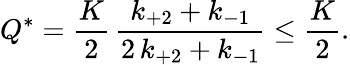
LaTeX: Q^{*}=\frac{K}{2}\, \frac{k_{+2}+k_{-1}}{2\, k_{+2}+k_{-1}}\leq\frac{K}{2}.